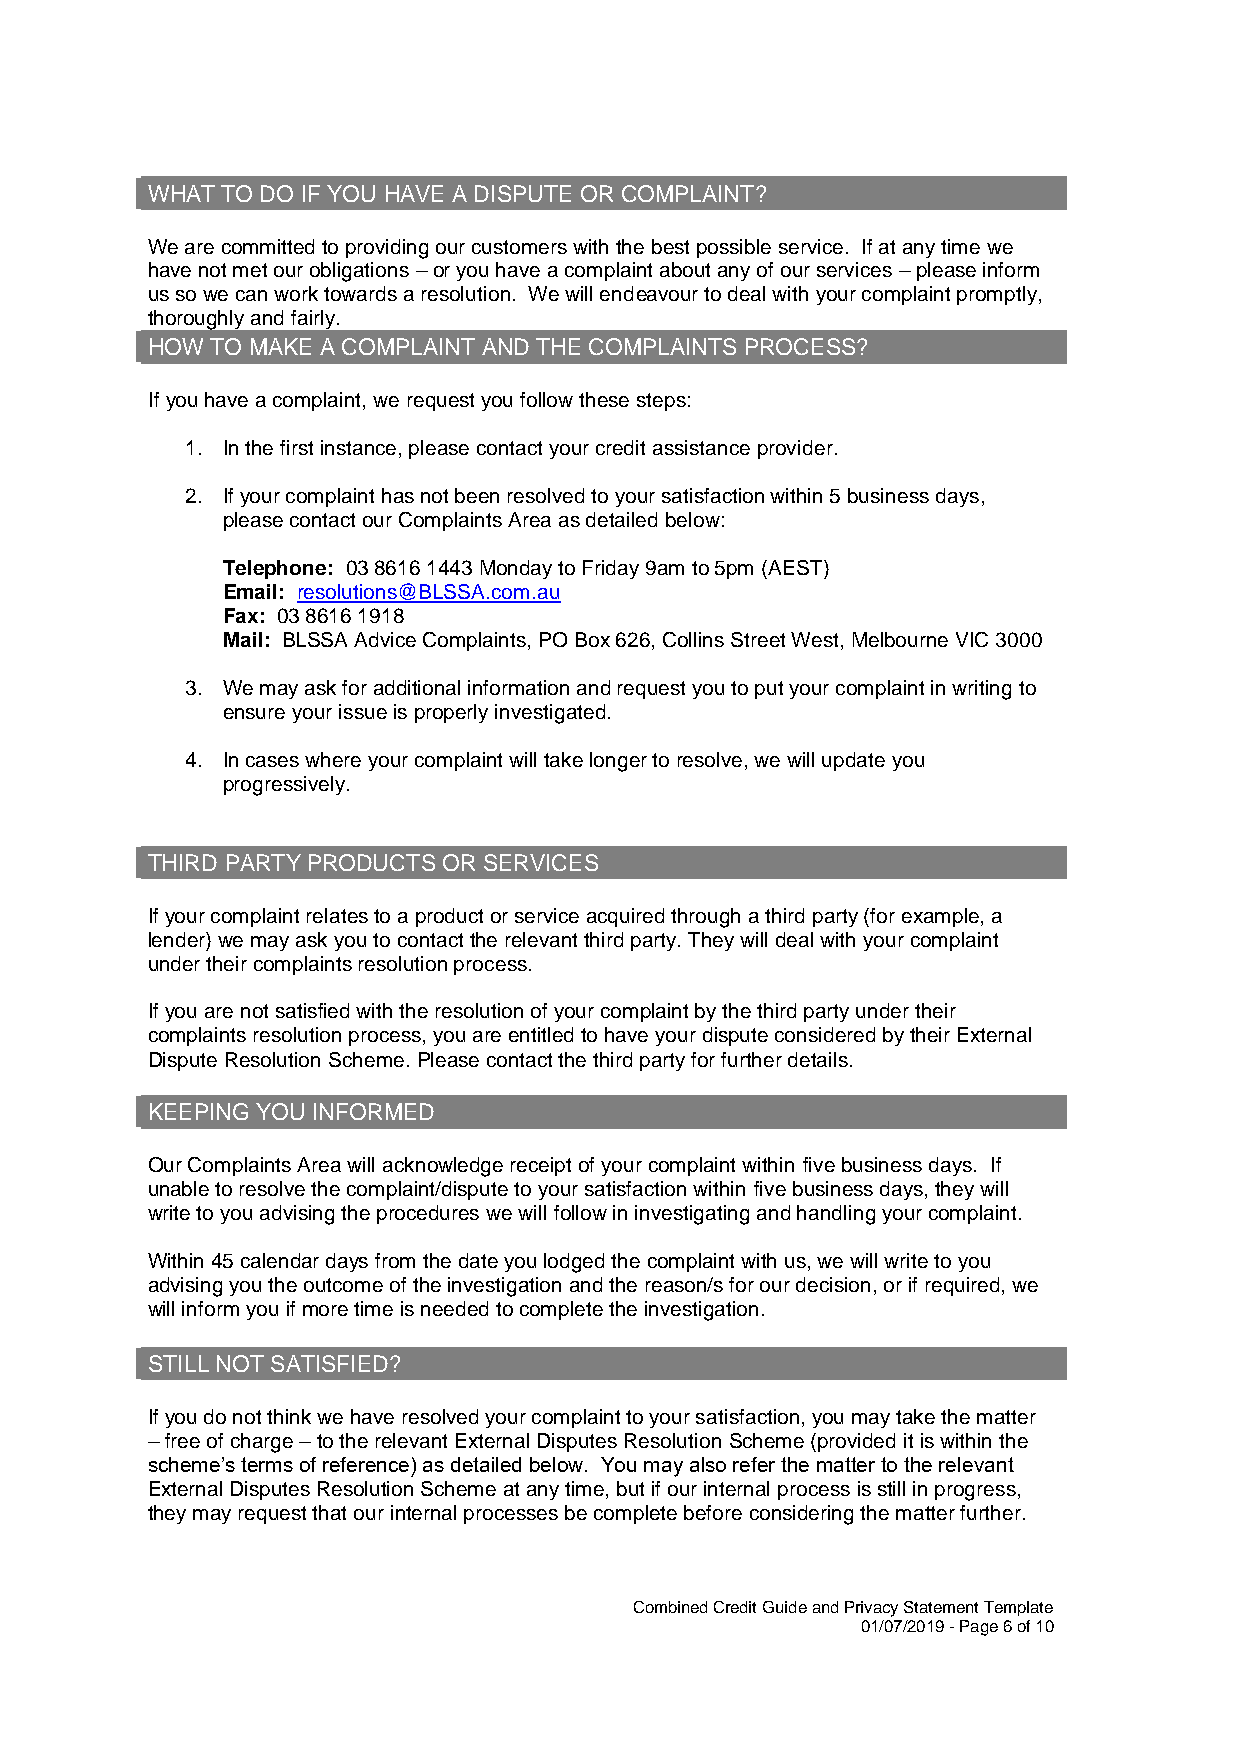
WHAT TO DO IF YOU HAVE A DISPUTE OR COMPLAINT?
 We are committed to providing our customers with the best possible service. If at any time we
 have not met our obligations – or you have a complaint about any of our services – please inform
 us so we can work towards a resolution. We will endeavour to deal with your complaint promptly,
 thoroughly and fairly.
 HOW TO MAKE A COMPLAINT AND THE COMPLAINTS PROCESS?
 If you have a complaint, we request you follow these steps:
 1. In the first instance, please contact your credit assistance provider.
 2. If your complaint has not been resolved to your satisfaction within 5 business days,
 please contact our Complaints Area as detailed below:
 Telephone: 03 8616 1443 Monday to Friday 9am to 5pm (AEST)
 Email: resolutions@BLSSA.com.au
 Fax: 03 8616 1918
 Mail: BLSSA Advice Complaints, PO Box 626, Collins Street West, Melbourne VIC 3000
 3. We may ask for additional information and request you to put your complaint in writing to
 ensure your issue is properly investigated.
 4. In cases where your complaint will take longer to resolve, we will update you
 progressively.
 THIRD PARTY PRODUCTS OR SERVICES
 If your complaint relates to a product or service acquired through a third party (for example, a
 lender) we may ask you to contact the relevant third party. They will deal with your complaint
 under their complaints resolution process.
 If you are not satisfied with the resolution of your complaint by the third party under their
 complaints resolution process, you are entitled to have your dispute considered by their External
 Dispute Resolution Scheme. Please contact the third party for further details.
 KEEPING YOU INFORMED
 Our Complaints Area will acknowledge receipt of your complaint within five business days. If
 unable to resolve the complaint/dispute to your satisfaction within five business days, they will
 write to you advising the procedures we will follow in investigating and handling your complaint.
 Within 45 calendar days from the date you lodged the complaint with us, we will write to you
 advising you the outcome of the investigation and the reason/s for our decision, or if required, we
 will inform you if more time is needed to complete the investigation.
 STILL NOT SATISFIED?
 If you do not think we have resolved your complaint to your satisfaction, you may take the matter
 – free of charge – to the relevant External Disputes Resolution Scheme (provided it is within the
 scheme’s terms of reference) as detailed below. You may also refer the matter to the relevant
 External Disputes Resolution Scheme at any time, but if our internal process is still in progress,
 they may request that our internal processes be complete before considering the matter further.
 Combined Credit Guide and Privacy Statement Template
 01/07/2019 - Page 6 of 10